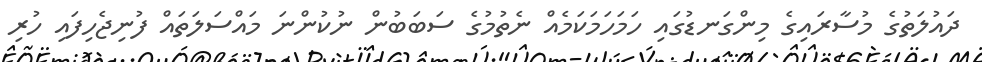
ދައުލަތުގެ މުސާރައިގެ މިންގަނޑުގައި ހަމަހަމަކަމެއް ނެތުމުގެ ސަބަބުން ނުކުންނަ މައްސަލަތައް ފުނިޖެހިފައި ހުރި